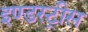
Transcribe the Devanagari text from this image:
इण्डस्ट्रीस